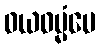
ဝယဓမ္မံပေ